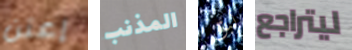
إعتن المذنب لبق ليتراجع